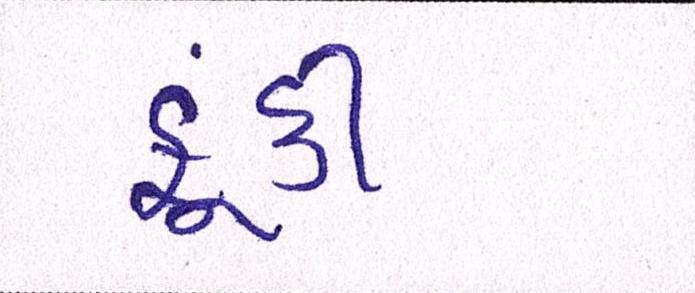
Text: ફૂંકી